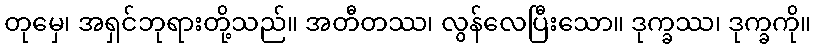
တုမှေ၊ အရှင်ဘုရားတို့သည်။ အတီတဿ၊ လွန်လေပြီးသော။ ဒုက္ခဿ၊ ဒုက္ခကို။